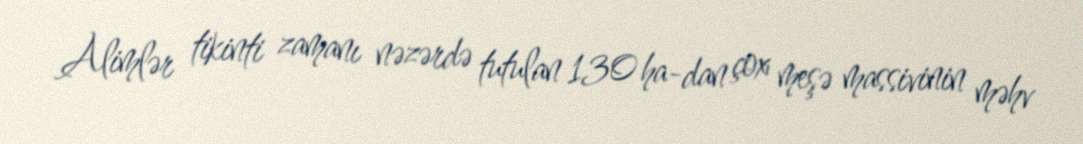
Alimlər tikinti zamanı nəzərdə tutulan 130 ha-dan çox meşə massivinin məhv